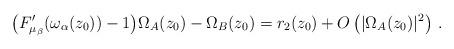
LaTeX: \begin{align*} \big(F'_{\mu_\beta}(\omega_\alpha(z_0))-1\big)\Omega_A(z_0) -\Omega_B(z_0) &= r_2(z_0)+O\left(|\Omega_A(z_0)|^2\right)\,.\end{align*}